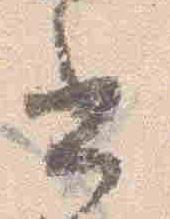
書